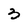
Character: 3